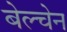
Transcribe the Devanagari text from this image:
बेल्चेन